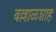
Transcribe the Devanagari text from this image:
बल्लाळशाह